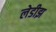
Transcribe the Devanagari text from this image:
लेडीझ